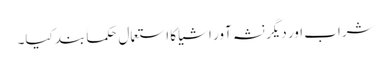
شراب اور دیگر نشہ آور اشیا کا استعمال حکماً بند کیا۔